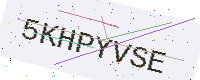
Text: 5KHPYVSE